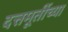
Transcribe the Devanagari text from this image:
दत्तमूर्तीच्या